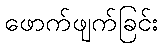
ဖောက်ဖျက်ခြင်း